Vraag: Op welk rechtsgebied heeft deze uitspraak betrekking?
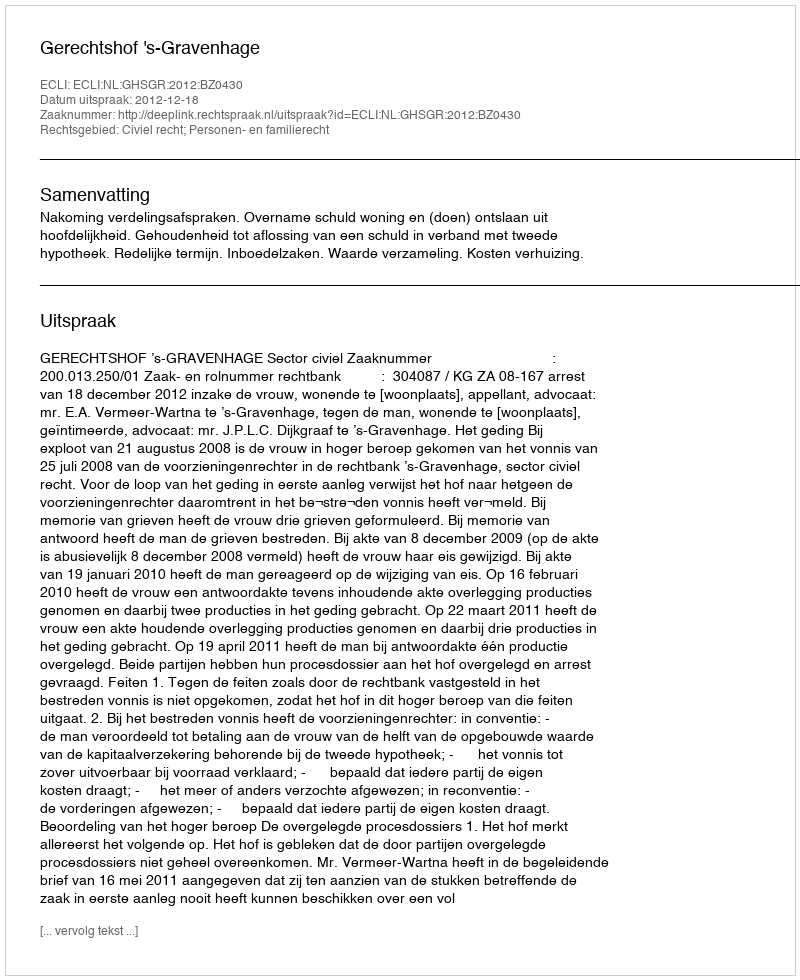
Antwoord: Civiel recht; Personen- en familierecht